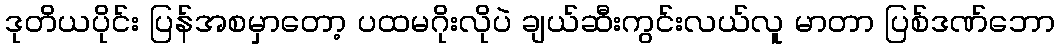
ဒုတိယပိုင်း ပြန်အစမှာတော့ ပထမဂိုးလိုပဲ ချယ်ဆီးကွင်းလယ်လူ မာတာ ပြစ်ဒဏ်ဘော